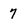
Character: 7